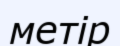
метір